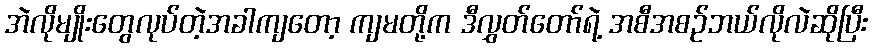
အဲလိုမျိုးတွေလုပ်တဲ့အခါကျတော့ ကျမတို့က ဒီလွှတ်တော်ရဲ့ အစီအစဉ်ဘယ်လိုလဲဆိုပြီး